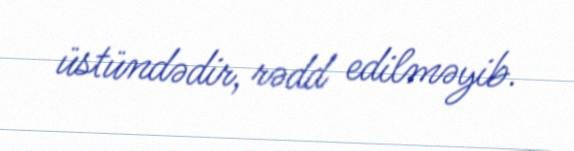
üstündədir, rədd edilməyib.